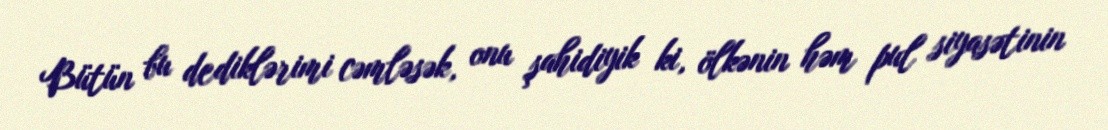
Bütün bu dediklərimi cəmləsək, onu şahidiyik ki, ölkənin həm pul siyasətinin